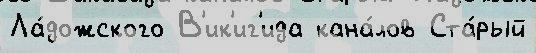
Ла́дожского В'ик'иг'ида кана́лов Ста́рый